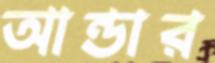
আন্ডার